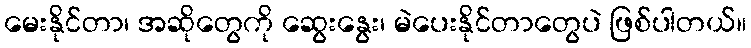
မေးနိုင်တာ၊ အဆိုတွေကို ဆွေးနွေး၊ မဲပေးနိုင်တာတွေပဲ ဖြစ်ပါတယ်။